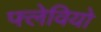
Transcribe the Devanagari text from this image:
फ्लेवियो